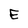
Character: E